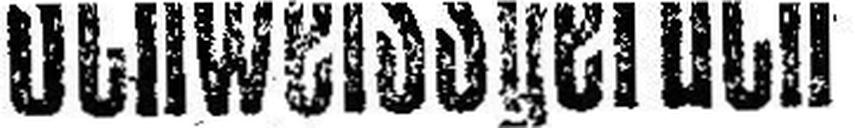
Schweissgeruch